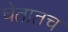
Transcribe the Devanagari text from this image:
घेतातच